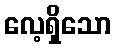
လေ့ရှိသော